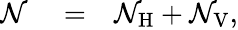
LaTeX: \begin{array}{rlr}{{\mathcal N}}&{{}=}&{{\mathcal N}_{\mathrm{H}}+{\mathcal N}_{\mathrm{V}},}\end{array}